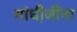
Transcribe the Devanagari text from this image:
गांधी़जींना